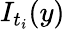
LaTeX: I_{t_{i}}(y)